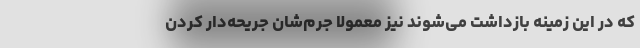
که در این زمینه بازداشت می‌شوند نیز معمولا جرم‌شان جریحه‌دار کردن